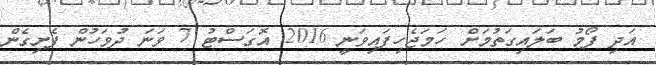
އަދި ފޯމު ބަލައިގަތުމަށް ހަމަޖެހިފައިވަނީ 2016 އޮގަސްޓު 7 ވަނަ ދުވަހުން ފެށިގެން